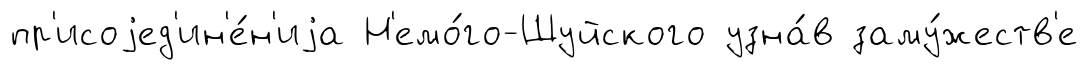
пр'исоjед'ин'е́н'иjа Н'емо́го-Шуйского узна́в заму́жеств'е